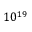
1 0 ^ { 1 9 }